Annual administration report of the Civil Veterinary Department, Ajmere-Merwara, British Rajputana - 1914-1940
Year: 1914
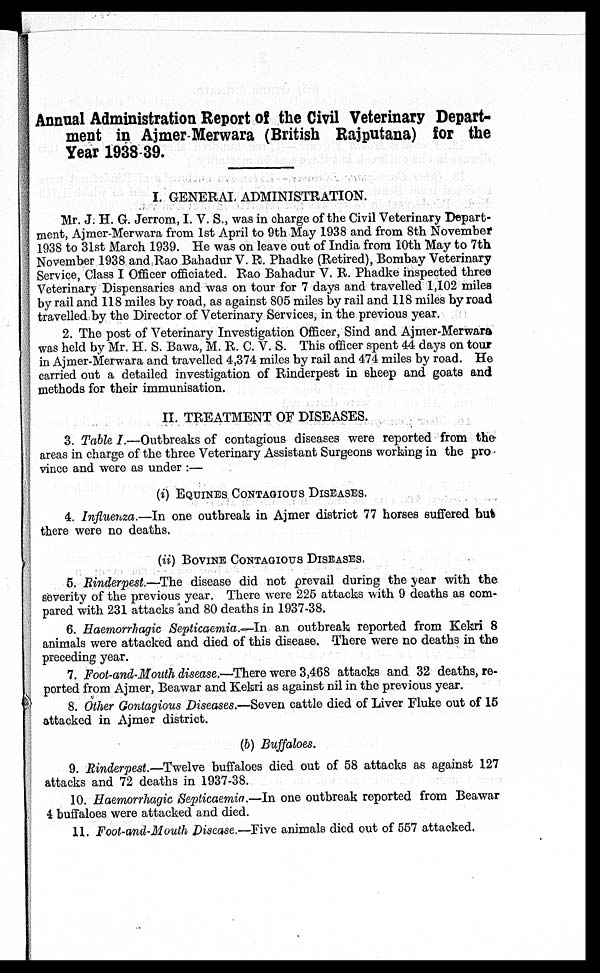
Annual Administration Report of the Civil Veterinary Depart-
ment in Ajmer Merwara (British Rajputana) for the
Year 1938-39.
I. GENERAL ADMINISTRATION.
Mr. J. H. G. Jerrom, I. V. S., was in charge of the Civil Veterinary Depart-
ment, Ajmer-Merwara from 1st April to 9th May 1938 and from 8th November
1938 to 31st March 1939. He was on leave out of India from 10th May to 7th
November 1938 and Rao Bahadur V. R. Phadke (Retired), Bombay Veterinary
Service, Class I Officer officiated. Rao Bahadur V. R. Phadke inspected three
Veterinary Dispensaries and was on tour for 7 days and travelled 1,102 miles
by rail and 118 miles by road, as against 805 miles by rail and 118 miles by road
travelled by the Director of Veterinary Services, in the previous year.
2. The post of Veterinary Investigation Officer, Sind and Ajmer-Merwara
was held by Mr. H. S. Bawa, M. R. C. V. S. This officer spent 44 days on tour
in Ajmer-Merwara and travelled 4,374 miles by rail and 474 miles by road. He
carried out a detailed investigation of Rinderpest in sheep and goats and
methods for their immunisation.
II. TREATMENT OF DISEASES.
3. Table I.—Outbreaks of contagious diseases were reported from the
areas in charge of the three Veterinary Assistant Surgeons working in the pro
vince and were as under :—
(i) EQUINES CONTAGIOUS DISEASES.
4. Influenza.—In one outbreak in Ajmer district 77 horses suffered but
there were no deaths.
(ii) BOVINE CONTAGIOUS DISEASES.
5. Rinderpest.—The disease did not prevail during the year with the
severity of the previous year. There were 225 attacks with 9 deaths as com-
pared with 231 attacks and 80 deaths in 1937-38.
6. Haemorrhagic Septicaemia.—In an outbreak reported from Kekri 8
animals were attacked and died of this disease. There were no deaths in the
preceding year.
7. Foot-and-Mouth disease.—There were 3,468 attacks and 32 deaths, re-
ported from Ajmer, Beawar and Kekri as against nil in the previous year.
8. Other Contagious Diseases.—Seven cattle died of Liver Fluke out of 15
attacked in Ajmer district.
(b) Buffaloes.
9. Rinderpest.—Twelve buffaloes died out of 58 attacks as against 127
attacks and 72 deaths in 1937-38.
10. Haemorrhagic Septicaemia.—In one outbreak reported from Beawar
4 buffaloes were attacked and died.
11. Foot-and-Mouth Disease.—Five animals died out of 557 attacked.